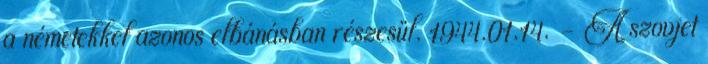
a németekkel azonos elbánásban részesül. 1944.01.14. - A szovjet